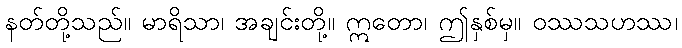
နတ်တို့သည်။ မာရိသာ၊ အချင်းတို့။ ဣတော၊ ဤနှစ်မှ။ ဝဿသဟဿ၊